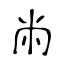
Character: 㡀